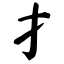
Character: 扌